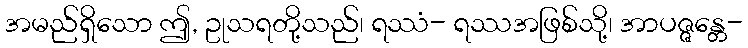
အမည်ရှိသော ဤ, ဥုသရတို့သည်၊ ရဿံ- ရဿအဖြစ်သို့၊ အာပဇ္ဇန္တေ-